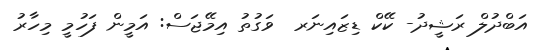
އަބްދުލް ރަޝީދު- ކޭކް ޑިޒައިނަރ  ވަގުތު އިމޭޖަސް: އަމީން ފަހުމީ މިހާރު